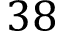
3 8